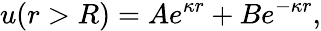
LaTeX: u(r>R)=Ae^{\kappa r}+Be^{-\kappa r},